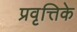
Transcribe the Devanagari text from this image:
प्रवृत्तिके